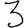
Digit: 3